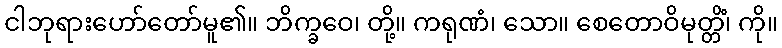
ငါဘုရားဟော်တော်မူ၏။ ဘိက္ခဝေ၊ တို့။ ကရုဏံ၊ သော။ စေတောဝိမုတ္တိံ၊ ကို။